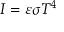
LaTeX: I = \varepsilon \sigma T ^ { 4 }